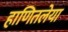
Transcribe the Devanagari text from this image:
हाणितलेया